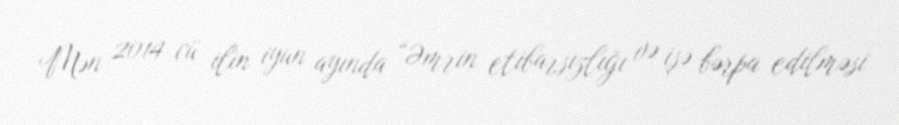
Mən 2014-cü ilin iyun ayında “Əmrin etibarsızlığı və işə bərpa edilməsi